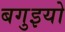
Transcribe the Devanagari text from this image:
बगुइयो